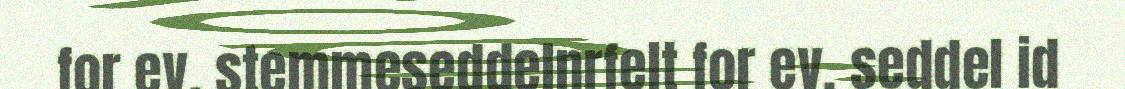
for ev. stemmeseddelnrfelt for ev. seddel id